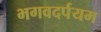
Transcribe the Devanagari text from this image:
भगवदर्पयम